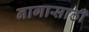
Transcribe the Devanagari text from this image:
नागासाठी